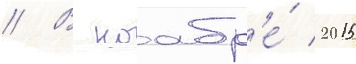
// В ноабр'е́ 2015